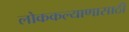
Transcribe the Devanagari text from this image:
लोककल्याणासाठी